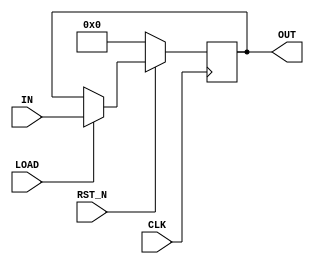
`timescale 1ns / 1ps
//////////////////////////////////////////////////////////////////////////////////
// Company: 
// Engineer: 
// 
// Design Name: 
// Module Name:    REGISTER 
// Project Name: 
// Target Devices: 
// Tool versions: 
// Description: 
//
// Dependencies: 
//
// Revision: 
// Revision 0.01 - File Created
// Additional Comments: 
//
//////////////////////////////////////////////////////////////////////////////////
module ARS_REGISTER(
				CLK,
				RST_N,
				LOAD,
				OUT, 
				IN );
input CLK, RST_N, LOAD;
input [232 : 0] IN;
output [232 : 0] OUT;
reg [232 : 0] OUT;

always @(posedge CLK)
if(!RST_N)
	OUT <= {233{1'b0}};
else if(LOAD)
	OUT <= IN;
//else 
//	OUT <= {233{1'b0}};


endmodule